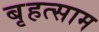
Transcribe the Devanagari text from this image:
बृहत्साम